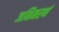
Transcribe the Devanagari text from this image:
जनिमरणं